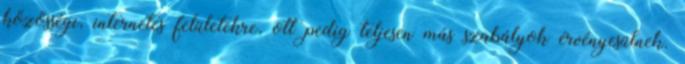
közösségi, internetes felületekre, ott pedig teljesen más szabályok érvényesülnek.